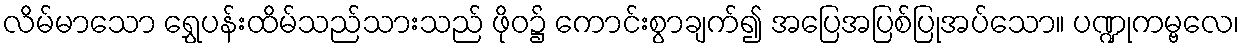
လိမ်မာသော ရွှေပန်းထိမ်သည်သားသည် ဖိုဝ၌ ကောင်းစွာချက်၍ အပြေအပြစ်ပြုအပ်သော။ ပဏ္ဍုကမ္ဗလေ၊